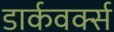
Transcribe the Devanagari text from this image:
डार्कवर्क्स